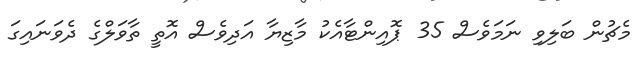
މެޗުން ބަލިވި ނަމަވެސް 35 ޕޮއިންޓާއެކު މާޒިޔާ އަދިވެސް އޮތީ ތާވަލްގެ ދެވަނައިގަ